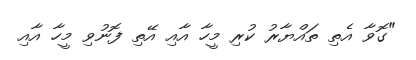
"ގޮވާ އެތި ތައްޔާރު ކުރި މީހާ އާއި އޭތި ފޮނުވި މީހާ އާއި